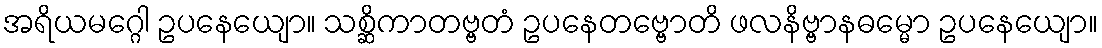
အရိယမဂ္ဂေါ ဥပနေယျော။ သစ္ဆိကာတဗ္ဗတံ ဥပနေတဗ္ဗောတိ ဖလနိဗ္ဗာနဓမ္မော ဥပနေယျော။